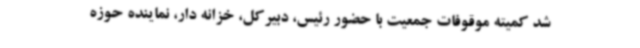
شد کمیته موقوفات جمعیت با حضور رئیس، دبیرکل، خزانه دار، نماینده حوزه